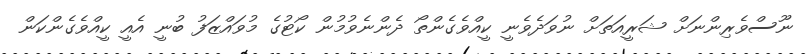
ނޫސްވެރިންނަށް ޝަރީއަތަށް ނުވަދެވެނީ ކީއްވެގެންތޯ ދެންނެވުމުން ކޯޓުގެ މުވައްޒަފު ބުނީ އެއީ ކީއްވެގެންކަން